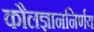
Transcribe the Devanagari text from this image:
कौलज्ञाननिर्णय